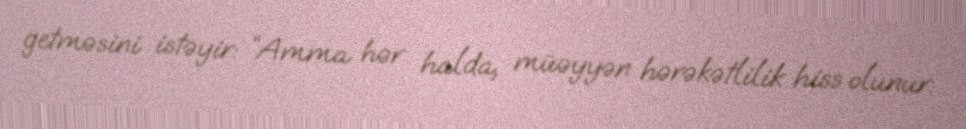
getməsini istəyir: “Amma hər halda, müəyyən hərəkətlilik hiss olunur.